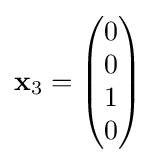
\mathbf {x} _{3}={\begin{pmatrix}0\\0\\1\\0\end{pmatrix}}